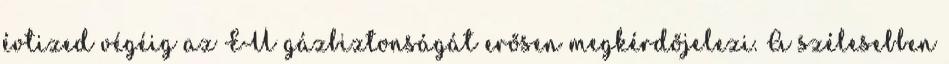
évtized végéig az EU gázbiztonságát erősen megkérdőjelezi. A szélesebben